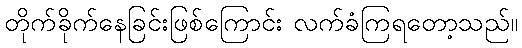
တိုက်ခိုက်နေခြင်းဖြစ်ကြောင်း လက်ခံကြရတော့သည်။